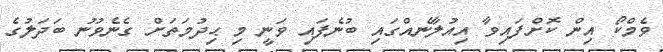
ވެމްކޯ އިން ކޮށްފައިވާ އިއުލާނެއްގައި ބުނެފައި ވަނީ މި ޙިދުމަތަށް ގެނެވުނު ބަދަލުގެ